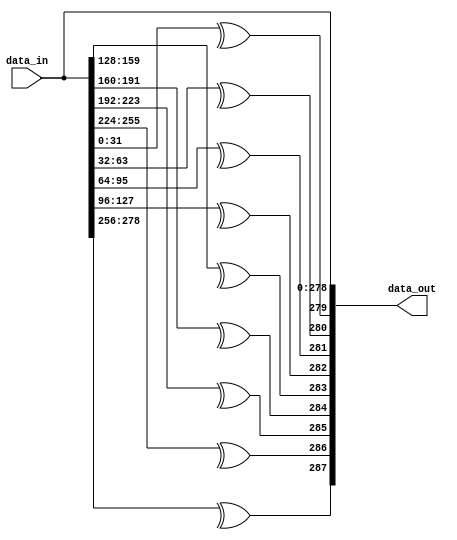
//
//------------------------------------------------------------------------------
//     Copyright (c) 2017 Huawei Technologies Co., Ltd. All Rights Reserved.
//
//     This program is free software; you can redistribute it and/or modify
//     it under the terms of the Huawei Software License (the "License").
//     A copy of the License is located in the "LICENSE" file accompanying 
//     this file.
//
//     This program is distributed in the hope that it will be useful,
//     but WITHOUT ANY WARRANTY; without even the implied warranty of
//     MERCHANTABILITY or FITNESS FOR A PARTICULAR PURPOSE. See the
//     Huawei Software License for more details. 
//------------------------------------------------------------------------------

`resetall
`timescale 1ns / 1ns

module prty_add
    #(
    parameter    DATA_WTH     = 279   ,
    parameter    CELL_WTH     = 32
    )
    (
    data_in    ,    
    data_out        
    );

/******************************************************************************\
   parameter 
\******************************************************************************/
parameter PRTY_WTH = prty_wth_cal(DATA_WTH,CELL_WTH)  ;
parameter DATA_OUT_WTH = (DATA_WTH+PRTY_WTH) ;

/******************************************************************************\
   port signal 
\******************************************************************************/

input   [DATA_WTH-1    :0]      data_in    ;    
output  [DATA_OUT_WTH-1:0]      data_out   ;    
wire    [DATA_WTH-1    :0]      data_in    ;    
wire    [DATA_OUT_WTH-1:0]      data_out   ;    
/******************************************************************************\
    function
\******************************************************************************/
function integer prty_wth_cal;
input integer data_wth;
input integer cell_wth;
begin
    if((data_wth % cell_wth) != 0) begin
        prty_wth_cal = (data_wth / cell_wth) + 1;
    end
    else begin
        prty_wth_cal = (data_wth / cell_wth);
    end
end
endfunction

/******************************************************************************\
    inter signal
\******************************************************************************/
reg  [(PRTY_WTH-1) :0]   prty_rsult   ;

/******************************************************************************\
    process
\******************************************************************************/

generate
genvar idex   ; 
for (idex=0; idex<PRTY_WTH; idex=idex+1)
    always @ (*)
    begin
        if(idex < (PRTY_WTH-1)) begin
            prty_rsult[idex] = ^data_in[((idex*CELL_WTH)+CELL_WTH-1):(idex*CELL_WTH)];
        end
        else begin
            prty_rsult[PRTY_WTH-1] = ^data_in[(DATA_WTH-1):(idex*CELL_WTH)];
        end
    end
endgenerate

assign data_out = {prty_rsult,data_in};

endmodule